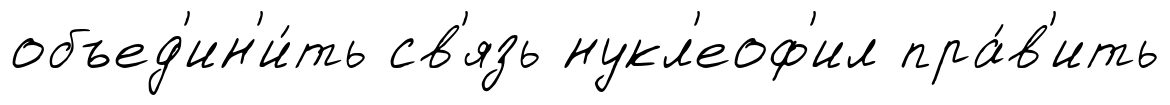
объед'ин'и́ть св'язь нукл'еоф'ил пра́в'ить